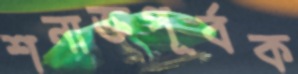
শনাক্তপূর্বক